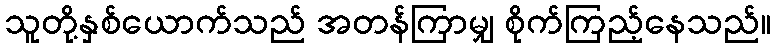
သူတို့နှစ်ယောက်သည် အတန်ကြာမျှ စိုက်ကြည့်နေသည်။